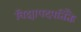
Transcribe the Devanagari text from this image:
विद्यापदपतितैः